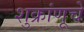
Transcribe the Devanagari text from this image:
शुक्रांणूचे